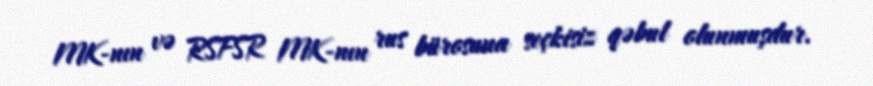
MK-nın və RSFSR MK-nın rus bürosuna seçkisiz qəbul olunmuşdur.